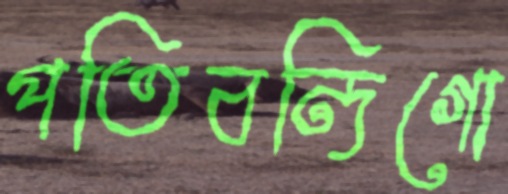
পতিবন্দিগো